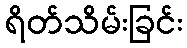
ရိတ်သိမ်းခြင်း